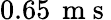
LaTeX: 0.65\, \mathrm{~m~s~}